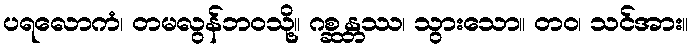
ပရလောကံ၊ တမလွန်ဘဝသို့။ ဂစ္ဆန္တဿ၊ သွားသော။ တဝ၊ သင်အား။